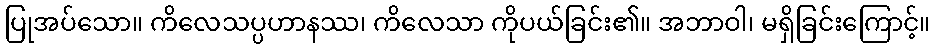
ပြုအပ်သော။ ကိလေသပ္ပဟာနဿ၊ ကိလေသာ ကိုပယ်ခြင်း၏။ အဘာဝါ၊ မရှိခြင်းကြောင့်။